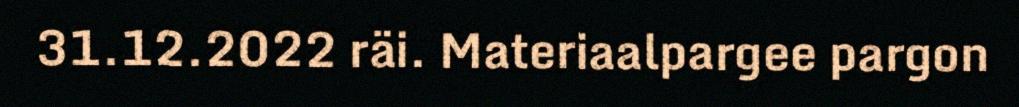
31.12.2022 räi. Materiaalpargee pargon